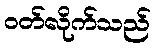
ဝတ်လိုက်သည်